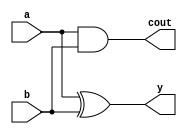
module half_adder(
    input a,
    input b,
    output y,
    output cout
);
    assign cout = a & b; // Carry over
    assign y    = a ^ b;
endmodule

module full_adder(
    input  a,
    input  b,
    input  cin,
    output y,
    output cout
);
    wire xor_ab;

    assign xor_ab   = a ^ b;
    assign y        = xor_ab ^ cin;
    assign cout     = (xor_ab & cin) | (a & b);
endmodule

module adder #(parameter integer C_WIDTH = 32)
(
    input  [C_WIDTH-1:0]a,
    input  [C_WIDTH-1:0]b,
    output [C_WIDTH:0]y
);
    wire carry[C_WIDTH:0];

    half_adder U_0(
        .a    (a[0]),
        .b    (b[0]),
        .y    (y[0]),
        .cout (carry[0]));

    generate
        genvar i;
        for(i = 1; i < C_WIDTH; i = i + 1) begin
            full_adder U_i(
                .a    (a[i]),
                .b    (b[i]),
                .cin  (carry[i - 1]),
                .cout (carry[i]),
                .y    (y[i]));
        end
    endgenerate
    assign y[C_WIDTH] = carry[C_WIDTH-1];
endmodule